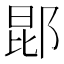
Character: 𬪈